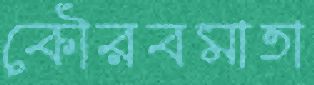
কৌরবমাতা